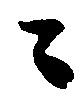
々